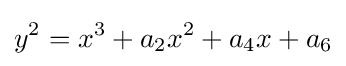
y^{2}=x^{3}+a_{2}x^{2}+a_{4}x+a_{6}